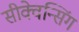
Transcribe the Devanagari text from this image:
सीक्वेन्सिंग